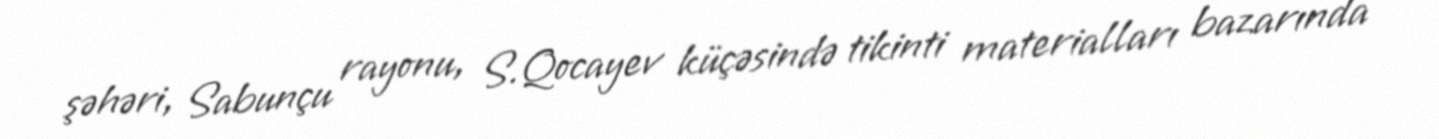
şəhəri, Sabunçu rayonu, S.Qocayev küçəsində tikinti materialları bazarında